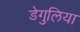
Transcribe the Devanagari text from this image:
डेगुलिया